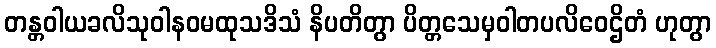
တန္တဝါယခလိသုဝါနဝမထုသဒိသံ နိပတိတွာ ပိတ္တသေမှဝါတပလိဝေဌိတံ ဟုတွာ